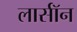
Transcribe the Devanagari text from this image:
लार्सॉन